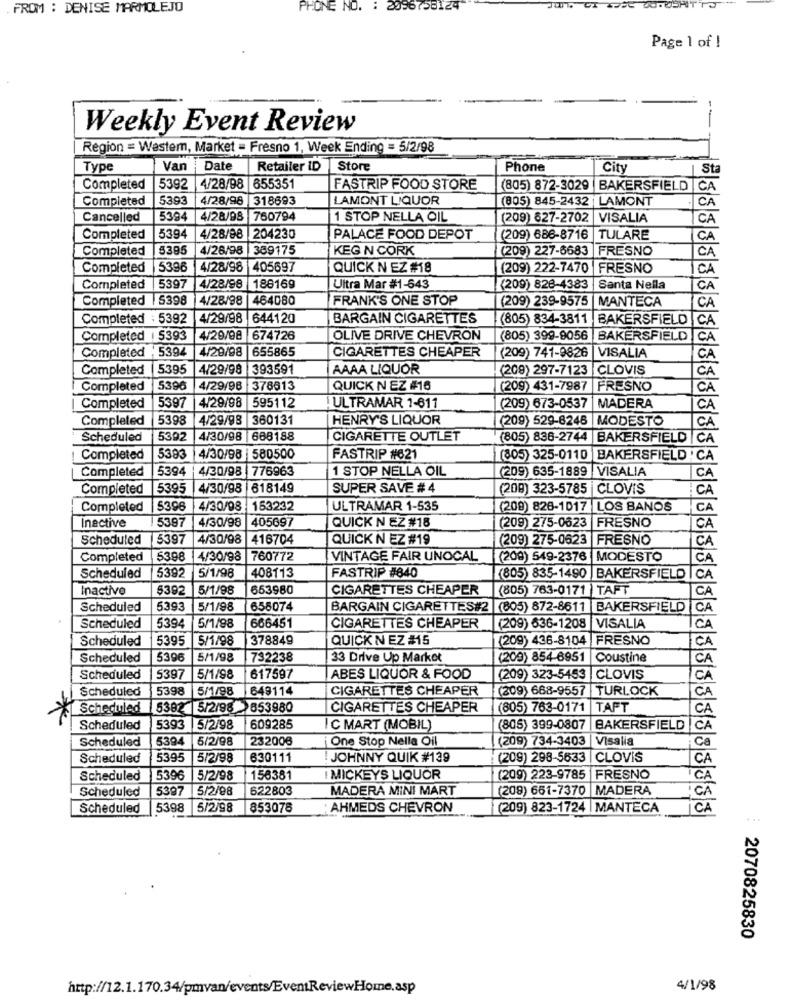
FROM : DENISE MARMOLEJO
PHONE NO. : 2096756124
Page 1 of !
Weekly Event Review
---
Region = Westem, Market = Fresno 1, Week Ending = 5/2/98
Type
Van
Date
Retailer ID
Store
Phone
City
St
Completed
5392
4/28/98 655351
FASTRIP FOOD STORE
(805) 872-3029 |BAKERSFIELD C
Completed
5393
4/28/98 318693
LAMONT LIQUOR
(805) 845-2432 LAMONT
CA
Cancelled
5394
4/28/98 760794
1 STOP NELLA OIL
(209) 627-2702 |VISALIA
CA
Completed
5394
4/28/98 204230
PALACE FOOD DEPOT
(209) 686-8716
TULARE
CA
Completed
5395
4/28/98
389175
KEG N CORK
(209) 227-6683
FRESNO
CA
Completed
5396
4/28/98
405697
QUICK N EZ #18
(209) 222-7470 FRESNO
CA
Completed
539
4/28/98
186169
Ultra Mar #1-643
(209) 826-4383
Santa Nella
ÇA
Completed | 5398
4/28/98
464080
FRANK'S ONE STOP
(209) 239-9575 |MANTECA
CA
Completed : 5392
4/29/98 |644120
BARGAIN CIGARETTES
(805) 834-3811 BAKERSFIELD | CA
Completed | 5393
4/29/98 674726
OLIVE DRIVE CHEVRON
(805) 399-9056 |BAKERSFIELD CA
Completed '5394
4/29/98
655865
CIGARETTES CHEAPER
(209) 741-9826
VISALIA
CA
Completed |5395
4/29/98 393591
AAAA LIQUOR
(209) 297-7123 |CLOVIS
CA
Completed
5390
4/29/98 378613
QUICK N EZ #16
(209) 431-7987 |FRESNO
CA
Completed
5397
4/29/98 595112
ULTRAMAR 7-611
(209) 673-0537
MADERA
CA
Completed
5398
4/29/98 360131
HENRY'S LIQUOR
(209) 529-8246
MODESTO
CA
Scheduled
539
4/30/98
688188
CIGARETTE OUTLET
(805) 838-2744 |BAKERSFIELD |CA
Completed
5383
4/30/98 | 580500
FASTRIP #621
(305) 325-0110 |BAKERSFIELD . CA
Completed
5394
4/30/98 776963
1 STOP NELLA OIL
(209) 635-1889 |VISALIA
CA
Completed
5395
4/30/98
618149
SUPER SAVE # 4
(200) 323-5785 |CLOVIS
CA
Completed
5396
4/30/98
153232
ULTRAMAR 1-535
(209) 826-1017 |LOS BANOS
CA
5397
405697
Inactive
4/30/98
QUICK N EZ #18
(209) 275-0623 |FRESNO
CA
Scheduled
15397
4/30/98 416704
QUICK N EZ #19
(209) 275-0623 |FRESNO
CA
Completed
5398
4/30/98
760772
VINTAGE FAIR UNOCAL
(209) 649-2376 |MODESTO
CA
5392
FASTRIP #840
Scheduled
5/1/98
408113
(805) 835-1490 BAKERSFIELD | CA
Inactivo
639
5/1/98
653980
CIGARETTES CHEAPER
(805) 763-0171 TAFT
CA
Scheduled
5393
5/1/98
658074
BARGAIN CIGARETTES#2 (805) 872-8611 BAKERSFIELD CA
666451
Scheduled
5394
5/1/98
CIGARETTES CHEAPER
(209) 636-1208 |VISALIA
ICA
Scheduled
5395
5/1/98
378849
QUICK NEZ #15
(209) 436-8104 |FRESNO
CA
Scheduled
5396
5/1/98
732238
33 Drive Up Market
(209) 854-6951 |Coustine
CA
Scheduled
5397
5/1/98
617597
ABES LIQUOR & FOOD
(209) 323-5453 |CLOVIS
CA
Scheduled
5398
5/1/98
649114
CIGARETTES CHEAPER
(209) 668-9557 |TURLOCK
CA
Scheduled
5382
5/2/98 653980
CIGARETTES CHEAPER
(805) 763-0171 |TAFT
CA
Scheduled
5393
5/2/98
609285
C MART (MOBIL)
(805) 399-0807 |BAKERSFIELD CA
Scheduled
5394
5/2/98
232006
One Stop Nella Oil
(209) 734-3403 |Visalia
ca
Scheduled
5395
5/2/98
630111
! JOHNNY QUIK #139
(209) 298-5633 | CLOVIS
CA
Scheduled
5396
5/2/98
156381
I MICKEYS LIQUOR
(209) 223-9785 |FRESNO
CA
Scheduled
5397
5/2/98
622803
MADERA MINI MART
(208) 661-7370 |MADERA
Scheduled
5398
5/2/98
853078
AHMEDS CHEVRON
(209) 823-1724 | MANTECA
2070825830
http://12.1.170.34/pmvan/events/EventReviewHome.asp
4/1/98